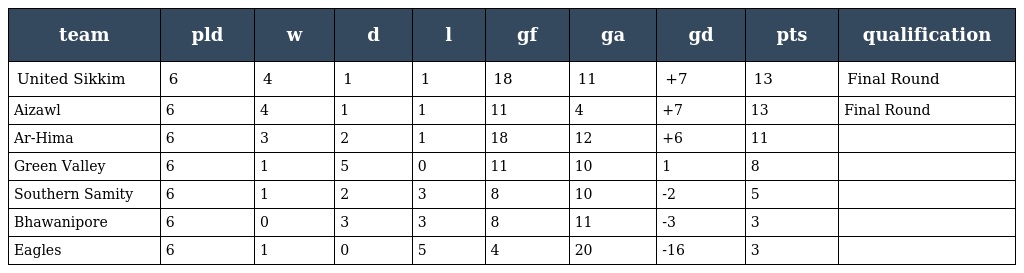
| team | pld | w | d | l | gf | ga | gd | pts | qualification |
 | --- | --- | --- | --- | --- | --- | --- | --- | --- | --- |
 | United Sikkim | 6 | 4 | 1 | 1 | 18 | 11 | +7 | 13 | Final Round |
 | Aizawl | 6 | 4 | 1 | 1 | 11 | 4 | +7 | 13 | Final Round |
 | Ar-Hima | 6 | 3 | 2 | 1 | 18 | 12 | +6 | 11 |  |
 | Green Valley | 6 | 1 | 5 | 0 | 11 | 10 | 1 | 8 |  |
 | Southern Samity | 6 | 1 | 2 | 3 | 8 | 10 | -2 | 5 |  |
 | Bhawanipore | 6 | 0 | 3 | 3 | 8 | 11 | -3 | 3 |  |
 | Eagles | 6 | 1 | 0 | 5 | 4 | 20 | -16 | 3 |  |